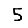
Digit: 5